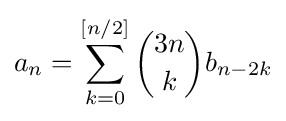
a_{n}=\sum _{k=0}^{[n/2]}{\binom {3n}{k}}b_{n-2k}